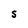
Character: S